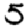
Digit: 5